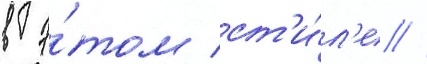
в э́том ст'и́л'е //